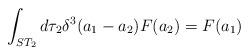
\begin{align*}\int_{ST_2} d\tau_2 \delta^3 (a_1 - a_2) F(a_2) = F(a_1)\end{align*}